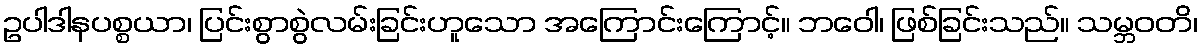
ဥပါဒါနပစ္စယာ၊ ပြင်းစွာစွဲလမ်းခြင်းဟူသော အကြောင်းကြောင့်။ ဘဝေါ၊ ဖြစ်ခြင်းသည်။ သမ္ဘဝတိ၊